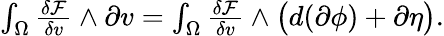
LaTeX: \begin{array}{r}{\int_{\Omega}\frac{\delta\mathcal{F}}{\delta v}\wedge\partial v=\int_{\Omega}\frac{\delta\mathcal{F}}{\delta v}\wedge\big(d(\partial\phi)+\partial\eta\big).}\end{array}